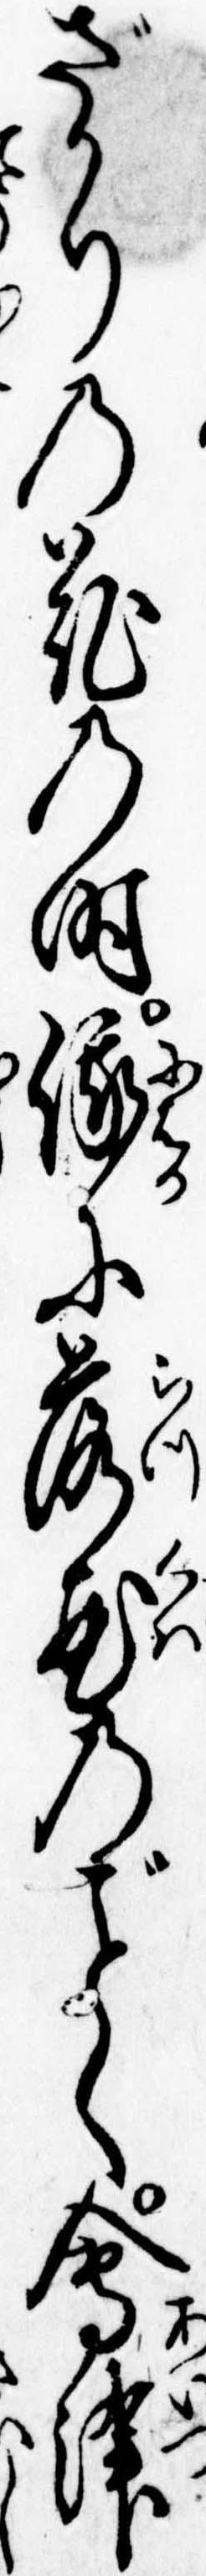
ざかりの花の時俄に落花のく会津